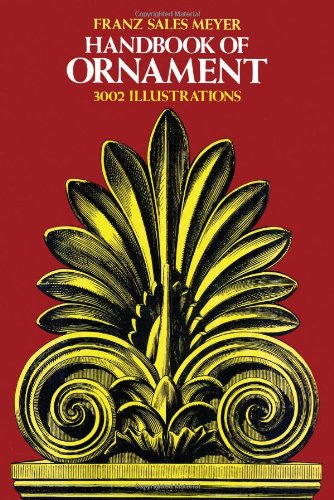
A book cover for Handbook of Ornament (Dover Pictorial Archive); Franz Sales Meyer; Arts & Photography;